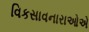
વિકસાવનારાઓએ